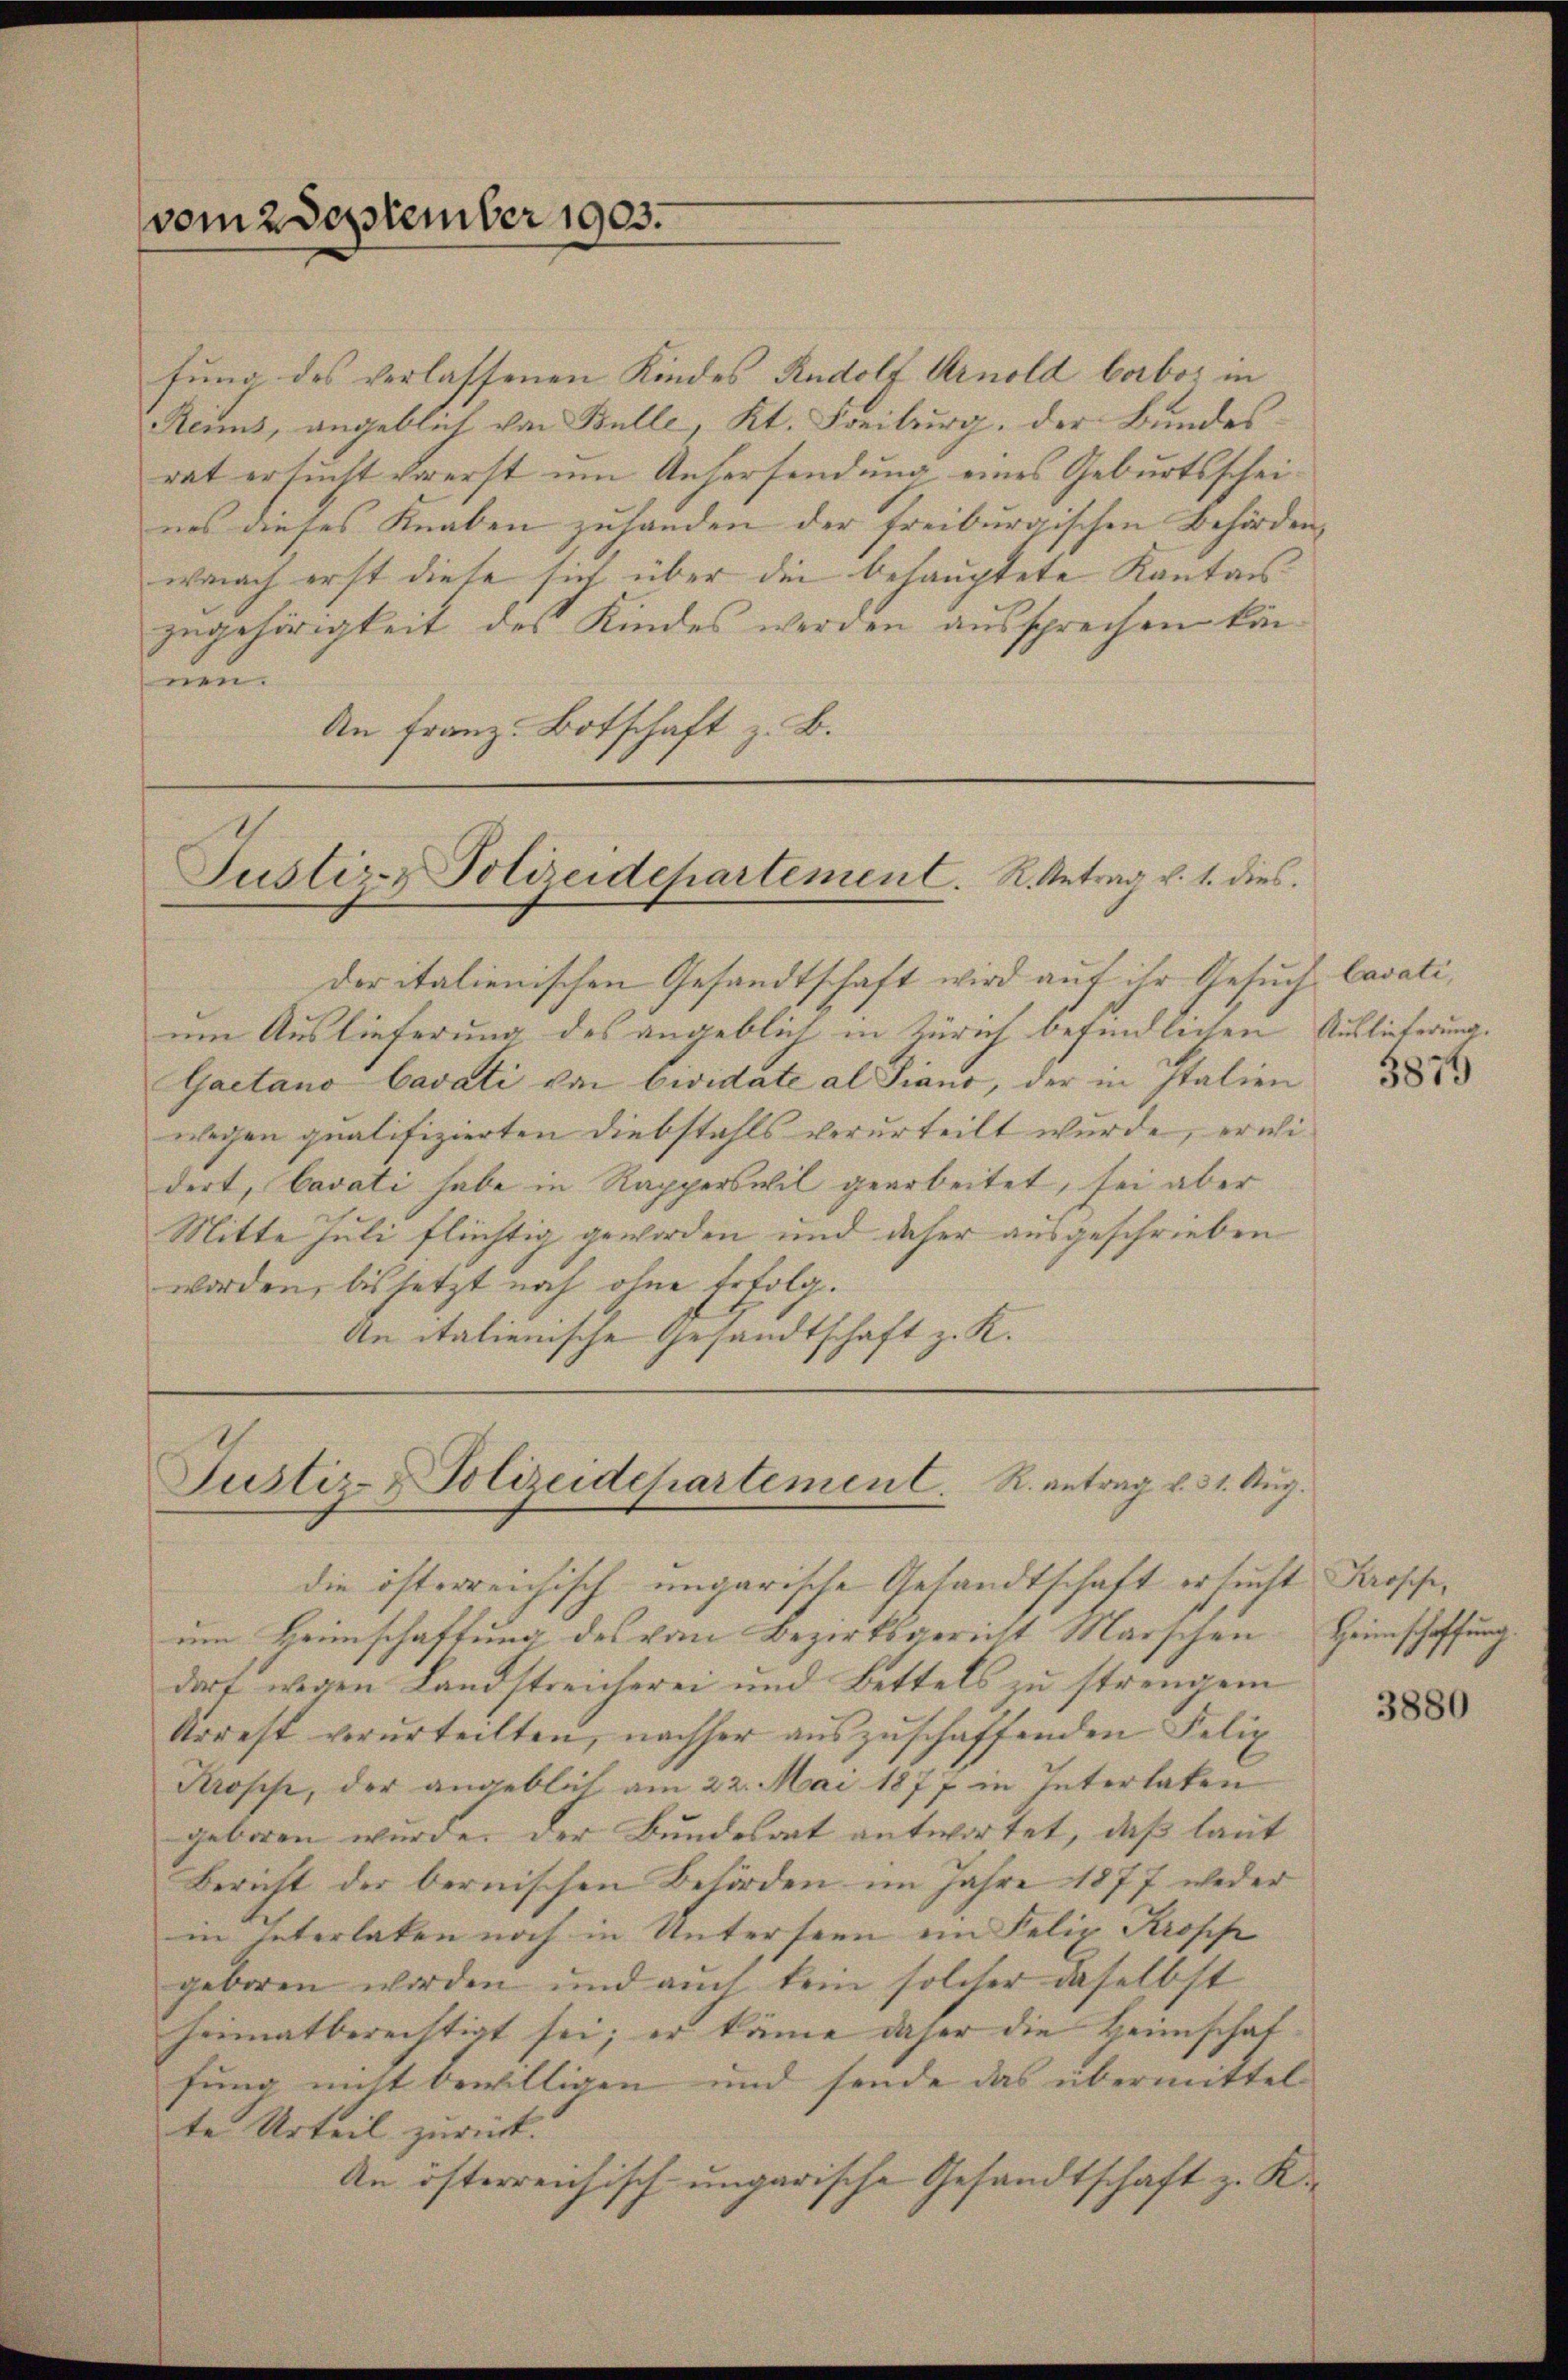
vom 2 September 1903.

fung des verlassenen Kindes Rudolf Arnold verbot in
Reims, angeblich von Bulle, Kt. Freiburg, der Bundesrat ersucht vorerst um Anhersendung eines Geburtsscheines dieses Knaben zuhanden der freiburgischen Behörden,
wonach erst diese sich über die behauptete Kantonszugehörigkeit des Kindes werden aussprechen können.
An Franz Botschaft z. B.

Justiz & Polizeidepartement. R. Antrag v. 1. dies
der italienischen Gesandtschaft wird auf ihr Gesuch Cavati,

um Auslieferung des angeblich in Zürich befindlichen Auslieferung.
Gaetano Cavati von Cividate al Piano, der in Italien
wegen qualifizierten Diebstahls verurteilt wurde, erwidert, Cavati habe in Rapperswil gearbeitet, sei aber
Mitte Juli flüchtig geworden und daher ausgeschrieben
worden, bis jetzt noch ohne Erfolg.
An italienische Gesandtschaft z. K.

Justiz- & Polizeidchartement. R. antrag v. 31. Aug.
die österreichisch-ungarische Gesandtschaft ersucht Prophe,

um Heimschaftung des von Bezirksgericht Marschen
dort wegen Landstreicherei und Bettels zu strengen
Arrest verurteilten, nachher auszuschaffenden Felix
Krosch, der angeblich am 22. Mai 1877 in Interlaken
geboren wurde. Der Bundesart antwortet, daß laut
Bericht der bernischen Behörden im Jahre 1877 weder
in Interlaken noch in Unterseen im Felix Kropp
geboren worden und auch kein solcher daselbst
heimatberechtigt sei; er käme daher die Heimschaffung nicht bewilligen und sende das übermittel
te Urteil zurück.
An österreichisch ungarische Gesandtschaft z. K.

3875

Heimschaffung.

3880